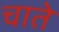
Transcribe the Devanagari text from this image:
चाते